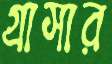
গ্রাসার